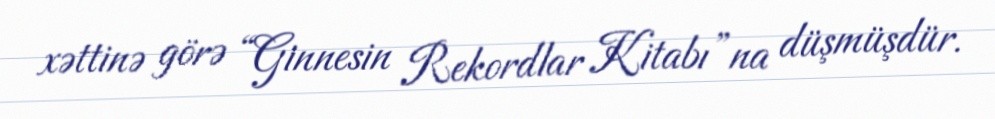
xəttinə görə “Ginnesin Rekordlar Kitabı”na düşmüşdür.